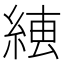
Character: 𦁆